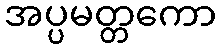
အပ္ပမတ္တကော